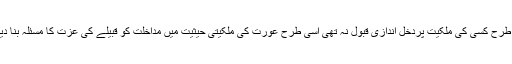
جس طرح کسی کی ملکیت پردخل اندازی قبول نہ تھی اسی طرح عورت کی ملکیتی حیثیت میں مداخلت کو قبیلے کی عزت کا مسئلہ بنا دیا گیا۔